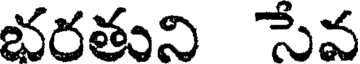
భరతుని సేవ